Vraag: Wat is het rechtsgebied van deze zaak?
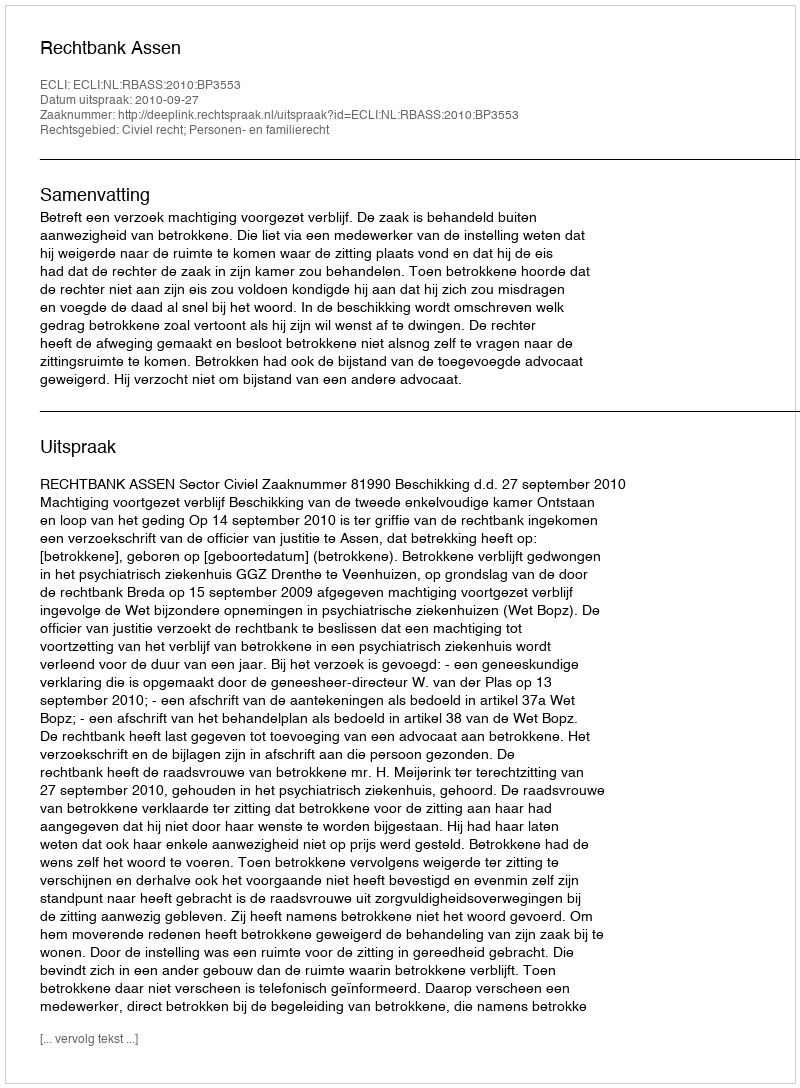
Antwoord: Civiel recht; Personen- en familierecht